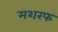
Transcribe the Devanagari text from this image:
मशरफ